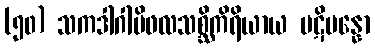
(၅၀) သကဒါဂါမိဖလသစ္ဆိကိရိယာယ ပဋိပန္နော